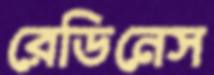
রেডিনেস